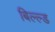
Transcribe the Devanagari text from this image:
बिल्ल्ड